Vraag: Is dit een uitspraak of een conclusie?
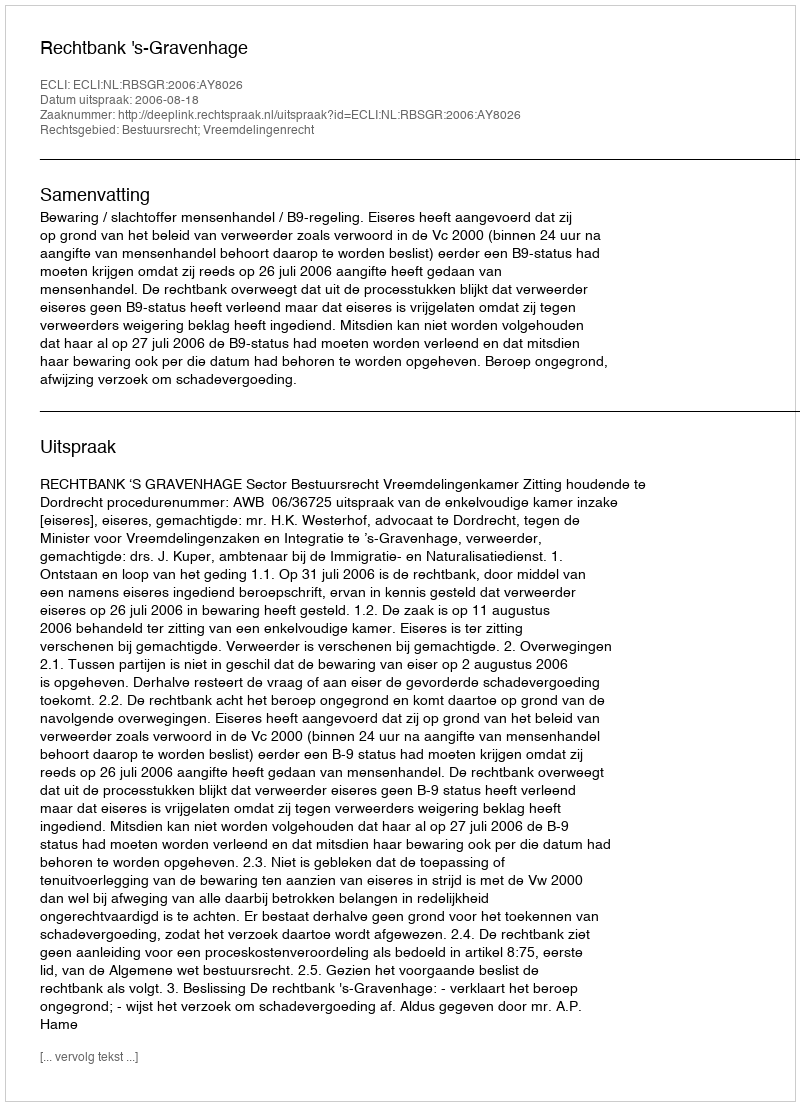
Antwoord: Uitspraak